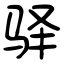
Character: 驿